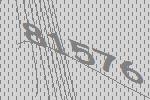
81576